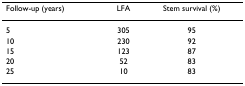
<table><thead><tr><td><b>Follow-up (years)</b></td><td><b>LFA</b></td><td><b>Stem survival (%)</b></td></tr></thead><tbody><tr><td>5</td><td>305</td><td>95</td></tr><tr><td>10</td><td>230</td><td>92</td></tr><tr><td>15</td><td>123</td><td>87</td></tr><tr><td>20</td><td>52</td><td>83</td></tr><tr><td>25</td><td>10</td><td>83</td></tr></tbody></table>